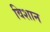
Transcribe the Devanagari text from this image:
विशान